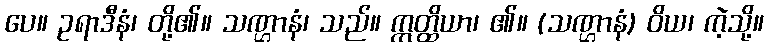
ပေ။ ဥရာဒီနံ၊ တို့၏။ သဏ္ဌာနံ၊ သည်။ ဣတ္ထိယာ၊ ၏။ (သဏ္ဌာနံ) ဝိယ၊ ကဲ့သို့။